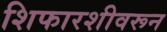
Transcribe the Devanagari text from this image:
शिफारशीवरून